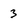
Character: 3